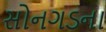
સોનગડના